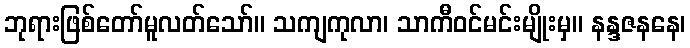
ဘုရားဖြစ်တော်မူလတ်သော်။ သကျကုလာ၊ သာကီဝင်မင်းမျိုးမှ။ နန္ဒဇနနေ၊